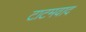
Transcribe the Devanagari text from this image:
टाटमवाद